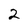
Character: 2